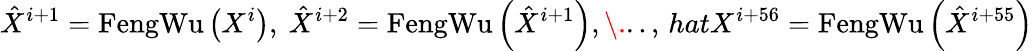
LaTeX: \hat{X}^{i+1}=\operatorname{FengWu}\left(X^{i}\right),\ \hat{X}^{i+2}=\operatorname{FengWu}\left(\hat{X}^{i+1}\right),\. ..,\, hat{X}^{i+56}=\operatorname{FengWu}\left(\hat{X}^{i+55}\right)